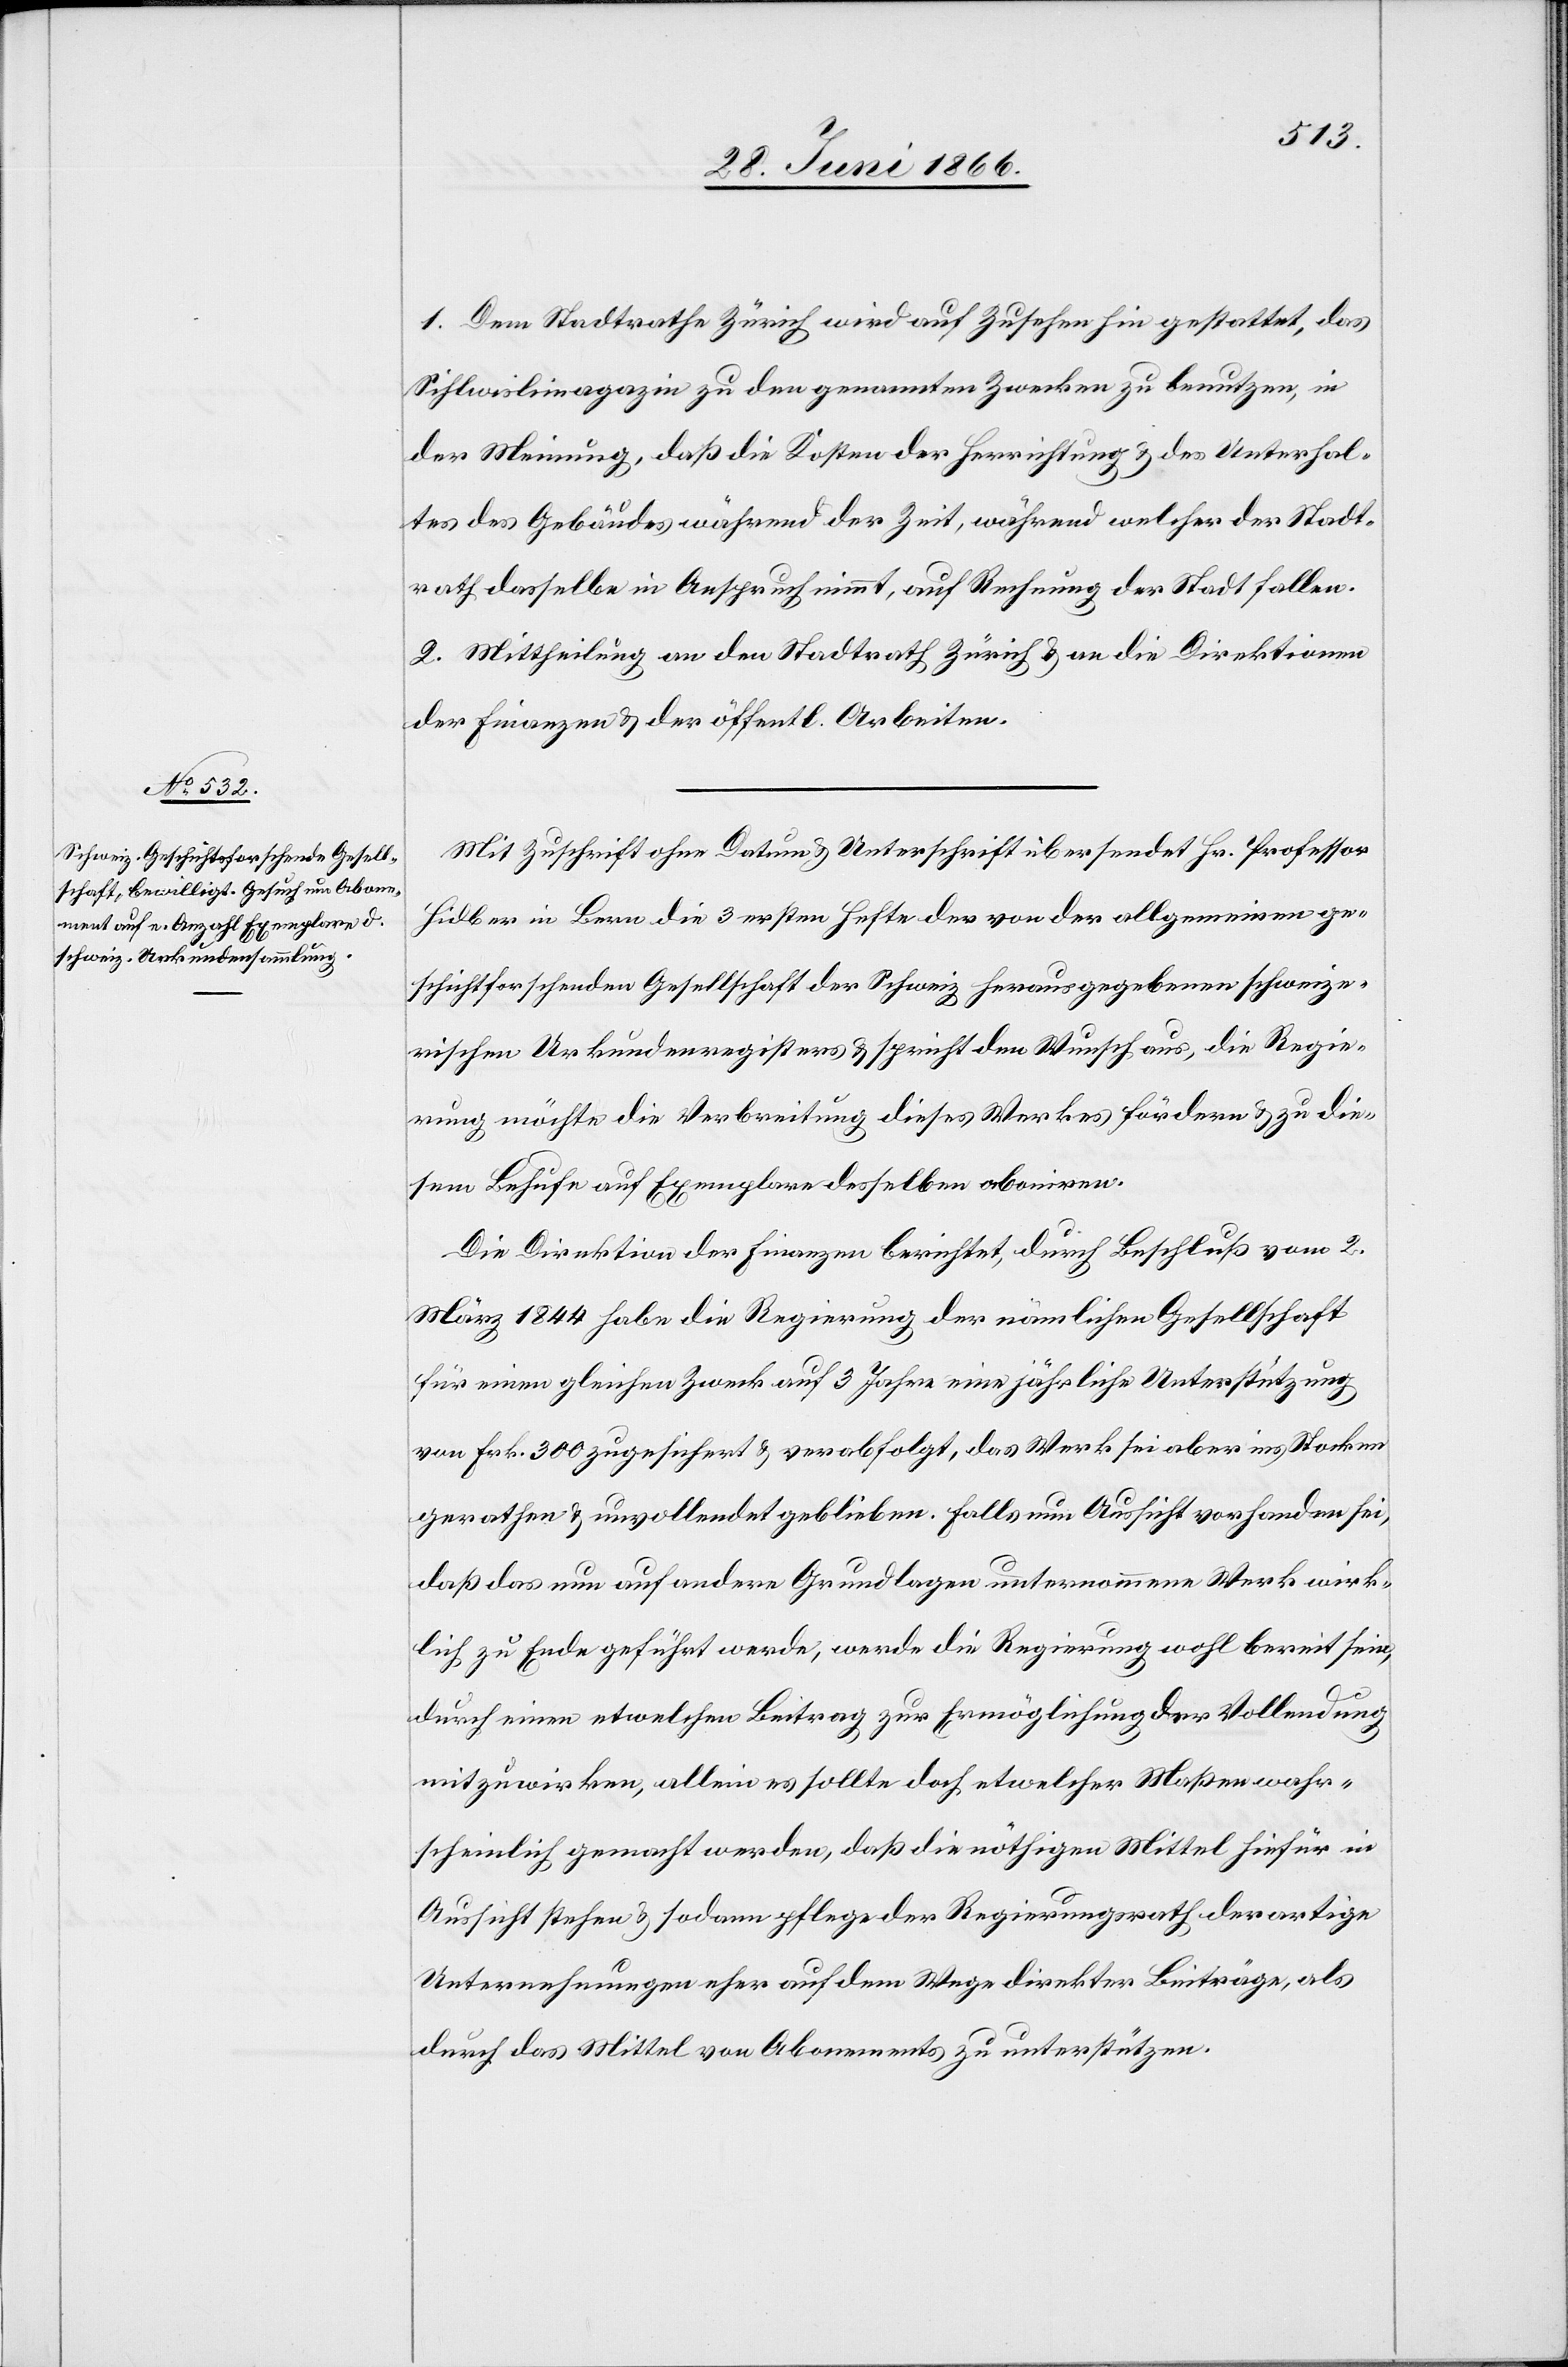
1. Dem Stadtrathe Zürich wird auf Zusehen hin gestattet, das
Sihlwieslimagazin zu den genannten Zwecken zu benutzen, in
der Meinung, daß die Kosten der Herrichtung u. des Unterhal¬
tes des Gebäudes während der Zeit, während welcher der Stadt¬
rath dasselbe in Anspruch nimmt, auf Rechnung der Stadt fallen.
2. Mittheilung an den Stadtrath Zürich u. an die Direktionen
der Finanzen u. der öffentl. Arbeiten.
Mit Zuschrift ohne Datum u. Unterschrift übersendet Hr. Professor
Hidber in Bern die 3 ersten Hefte der von der allgemeinen ge¬
schichtsforschenden Gesellschaft der Schweiz herausgegebenen schweize¬
rischen Urkundenregisters u. spricht den Wunsch aus, die Regie¬
rung möchte die Verbreitung dieses Werkes fördern u. zu die¬
sem Behufe auf Exemplare desselben abonniren.
Die Direktion der Finanzen berichtet, durch Beschluß vom 2.
März 1844 habe die Regierung der nämlichen Gesellschaft
für einen gleichen Zweck auf 3 Jahre eine jährliche Unterstützung
von Frk. 300 zugesichert u. verabfolgt, das Werk sei aber ins Stocken
gerathen u. unvollendet geblieben. Falls nun Aussicht vorhanden sei,
daß das nun auf andere Grundlage unternommene Werk wirk¬
lich zu Ende geführt werde, werde die Regierung wohl bereit sein,
durch einen etwelchen Beitrag zur Ermöglichung der Vollendung
mitzuwirken, allein es sollte doch etwelcher Maßen wahr¬
scheinlich gemacht werden, daß die nöthigen Mittel hiefür in
Aussicht stehen u. sodann pflege der Regierungsrath derartige
Unternehmungen eher auf dem Wege direkter Beiträge, als
durch das Mittel von Abonnements zu unterstützen.